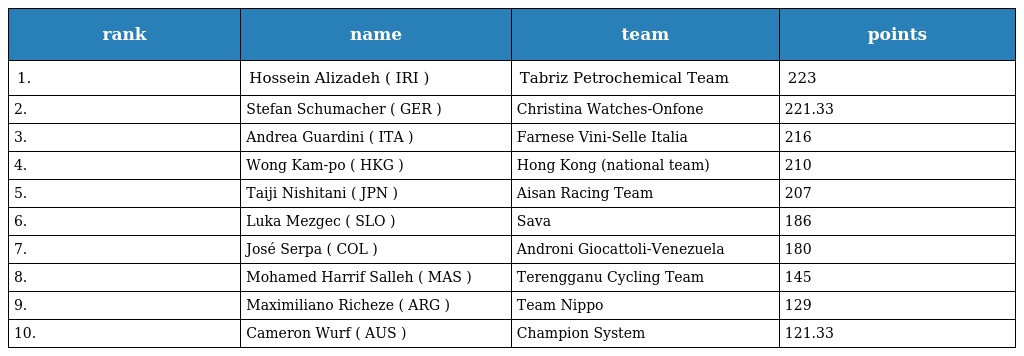
| rank | name | team | points |
 | --- | --- | --- | --- |
 | 1. | Hossein Alizadeh ( IRI ) | Tabriz Petrochemical Team | 223 |
 | 2. | Stefan Schumacher ( GER ) | Christina Watches-Onfone | 221.33 |
 | 3. | Andrea Guardini ( ITA ) | Farnese Vini-Selle Italia | 216 |
 | 4. | Wong Kam-po ( HKG ) | Hong Kong (national team) | 210 |
 | 5. | Taiji Nishitani ( JPN ) | Aisan Racing Team | 207 |
 | 6. | Luka Mezgec ( SLO ) | Sava | 186 |
 | 7. | José Serpa ( COL ) | Androni Giocattoli-Venezuela | 180 |
 | 8. | Mohamed Harrif Salleh ( MAS ) | Terengganu Cycling Team | 145 |
 | 9. | Maximiliano Richeze ( ARG ) | Team Nippo | 129 |
 | 10. | Cameron Wurf ( AUS ) | Champion System | 121.33 |